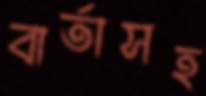
বার্তাসহ